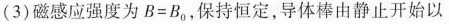
(3)磁感应强度为$$B = B _ { 0 }$$，保持恒定，导体棒由静止开始以